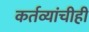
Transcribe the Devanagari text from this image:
कर्तव्यांचीही